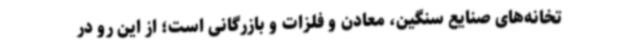
تخانه‌های صنایع سنگین، معادن و فلزات و بازرگانی است؛ از این رو در